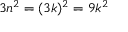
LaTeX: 3 n ^ { 2 } = ( 3 k ) ^ { 2 } = 9 k ^ { 2 }